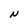
Character: N